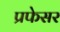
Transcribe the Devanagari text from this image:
प्रफेसर